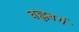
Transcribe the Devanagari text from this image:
वह्लबर्ग